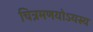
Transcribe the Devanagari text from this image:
चित्रमणयोऽयस्य